Annual report of the Bengal Veterinary College and of the Civil Veterinary Department, Bengal, for the year 1917-18 - 1917-1918
Year: 1917
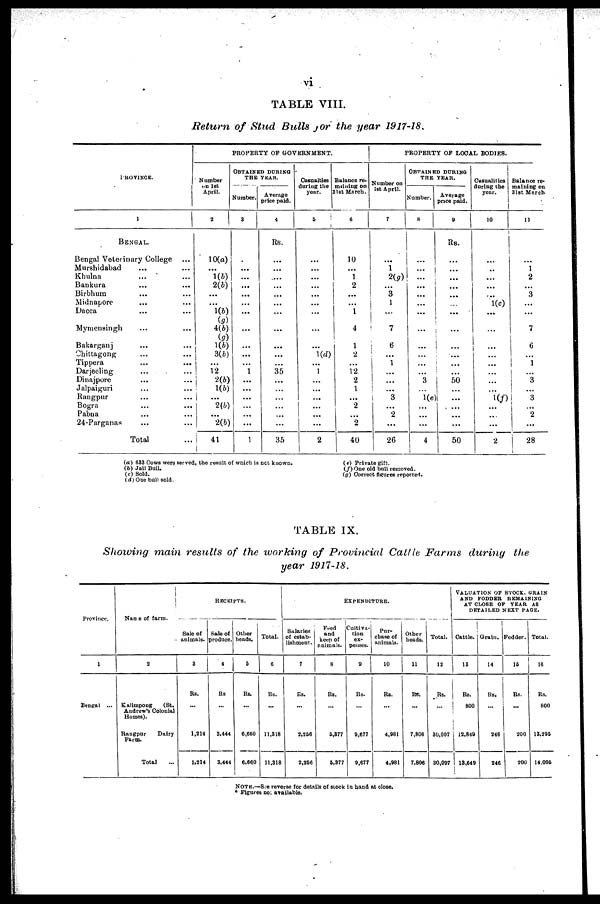
vi
TABLE
VIII.
Return of
Stud Bulls
for
the
year
1917-18.
PROVINCE.
1
BENGAL.
Bengal Veterinary College ...
Murshidabad ... ...
Khulna ... ...
Bankura ... ...
Birbhum ... ...
Midnapore ... ...
Dacca ... ...
Mymensingh ... ...
Bakarganj ... ...
Chittagong ... ...
Tippera ... ...
Darjeeling ... ...
Dinajpore ... ...
Jalpaiguri ... ...
Rangpur ... ...
Bogra
...
...
Pabna ... ...
24-Parganas ... ...
Total ...
PROPERTY OF GOVERNMENT.
Number
on 1st
April.
2
10(a)
...
1(6)
2(6)
...
...
1(6)
(g)
4(6)
(g)
1(6)
3(b)
...
12
2(b)
1(b)
...
2(6)
...
2(b)
41
OBTAINED DURING
THE YEAR.
Number.
3
.
...
...
...
...
...
...
...
...
...
...
...
1
...
...
...
...
...
...
1
Average
price paid.
4
Rs.
...
...
...
...
...
...
...
...
...
...
...
...
35
...
...
...
...
...
...
35
Casualties
during the
year.
5
...
...
...
...
...
...
...
...
...
...
1(d)
...
1
...
...
...
...
...
...
2
Balance re-
maining on
31st March.
6
10
...
1
2
...
...
1
...
4
1
2
...
12
2
1
...
2
...
2
40
PROPERTY OF LOCAL BODIES.
Number on
1st April.
7
...
1
2(g)
...
3
1
...
...
7
6
...
1
...
...
...
3
...
2
...
26
OBTAINED DURING
THE YEAR.
Number.
8
...
...
...
...
...
...
...
...
...
...
...
...
...
3
...
1(e)
...
...
...
4
Average
price paid.
0
Rs.
...
...
...
...
...
...
...
...
...
...
...
...
50
...
...
...
...
...
50
Casualities
during the
year.
10
...
..
...
...
...
1(c)
...
...
...
...
...
...
...
...
...
1(f)
...
...
2
Balance re-
maining on
31st March
11
...
1
2
...
3
...
...
...
7
6
...
1
...
3
...
3
...
2
...
28
(a) 633 Cows were served, the result of which is not known.
(6) Jail Bull.
(c) Sold.
(d) One bull sold.
(e) Private gift.
(f) One old bull removed.
(g) Correct figures reported.
TABLE
IX.
Showing
main results
of
the
working
of
Provincial
Cattle
Farms
during
the
year
1917-18.
Province.
1
Bengal ...
Name of farm.
2
Kalimpong
(St.
Andrew's Colonial
Homes).
Rangpur
Dairy
Farm.
Total ...
RECEIPTS.
Sale of
animals.
3
Rs.
...
1,214
1,214
Sale of
produce.
4
Rs
...
3,444
3,444
Other
heads.
5
Rs.
...
6,660
6,660
Total.
6
Rs.
...
11,318
11,318
EXPENDITURE.
Salaries
of estab-
lishment.
7
Rs.
...
2,256
2,256
Feed
and
keep of
animals.
8
Rs.
...
5,377
5,377
Cultiva-
tion
ex-
penses.
9
Rs.
...
9,677
9,677
Pur-
chase of
animals.
10
Rs.
...
4,981
4,981
Other
heads.
11
Rs.
...
7,806
7,806
Total.
12
Rs.
...
30,097
30,097
VALUATION OF STOCK, GRAIN
AND FODDER REMAINING
AT CLOSE OP YEAR AS
DETAILED NEXT PAGE.
Cattle.
13
Rs.
800
12,849
13,649
Grain.
14
Rs.
...
246
246
Fodder.
15
Rs.
...
200
200
Total.
16
Rs.
800
13,295
14,095
NOTE.—See reverse for details of stock in hand at close.
* Figures not available.